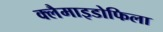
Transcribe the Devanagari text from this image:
क्लैमाइडोफिला